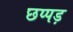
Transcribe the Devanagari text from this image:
छप्पड़